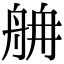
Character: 𦨸